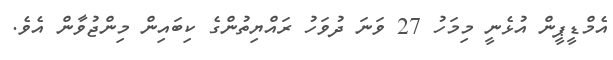
އެމްޑީޕީން އުޅެނީ މިމަހު 27 ވަނަ ދުވަހު ރައްޔިތުންގެ ކިބައިން މިންޖުވާން އެވެ.